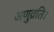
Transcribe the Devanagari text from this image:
अणुव्रति।